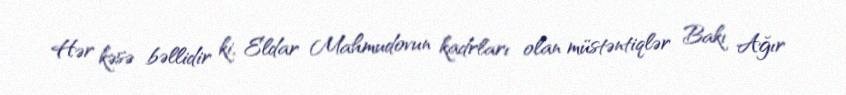
Hər kəsə bəllidir ki, Eldar Mahmudovun kadrları olan müstəntiqlər Bakı Ağır